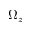
\Omega _ { z }